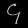
Digit: ၄